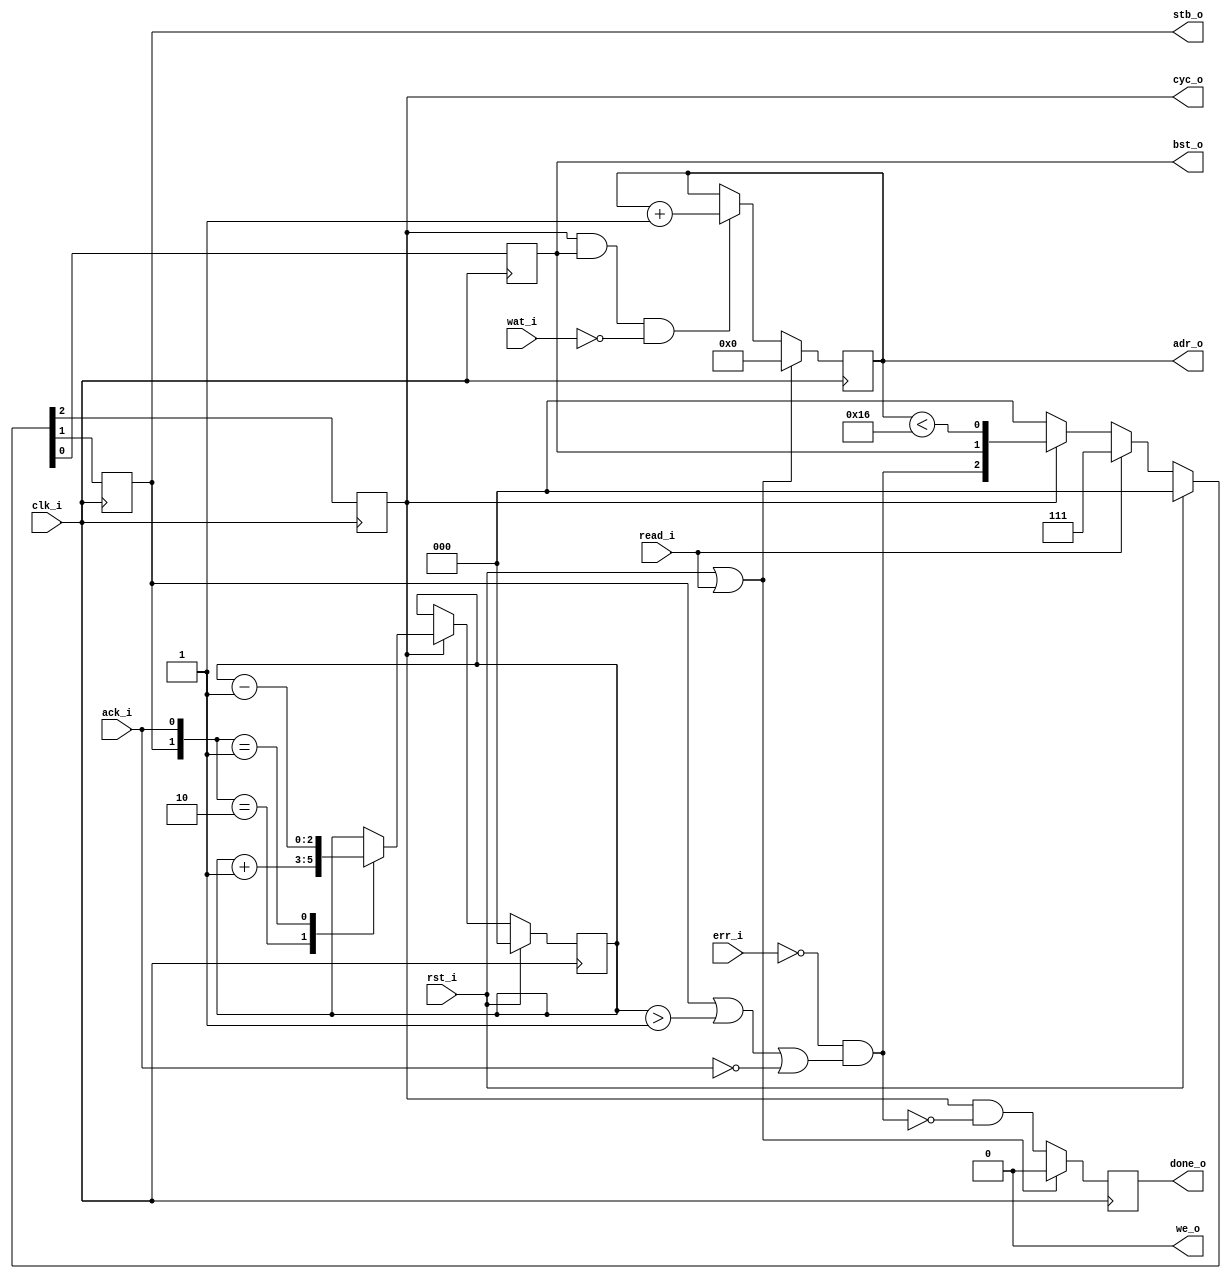
module wb_get_block
  #(parameter BSIZE = 24,
    parameter BBITS = 5,
    parameter BSB   = BBITS-1,
    parameter DELAY = 3)
   (
    input          clk_i,
    input          rst_i,
    output reg     cyc_o = 0,
    output reg     stb_o = 0,
    output         we_o,
    output reg     bst_o = 0,
    input          ack_i,
    input          wat_i,
    input          err_i,
    output [BSB:0] adr_o,

    input          read_i,
    output reg     done_o = 0
    );

   wire            cyc = !err_i && (stb_o || wat > 1 || !ack_i);
   wire            stb = bst_o;
   wire            bst = blk < BSIZE-2;
   reg [BSB:0]     blk = 0;
   reg [2:0]       wat = 0; // # of outstanding requests

   wire [BBITS:0]  blk_nxt = blk + 1;

   assign we_o  = 0;
   assign adr_o = blk;


   //-------------------------------------------------------------------------
   //  Fetch-port state and bus-control signals.
   //-------------------------------------------------------------------------
   always @(posedge clk_i)
     if (rst_i)
       {cyc_o, stb_o, bst_o} <= #DELAY 3'b000;
     else if (read_i)
       {cyc_o, stb_o, bst_o} <= #DELAY 3'b111;
     else if (cyc_o)
       {cyc_o, stb_o, bst_o} <= #DELAY {cyc, stb, bst};
     else
       {cyc_o, stb_o, bst_o} <= #DELAY 3'b000;

   //-------------------------------------------------------------------------
   //  Address generation, with a block.
   always @(posedge clk_i)
     if (rst_i || read_i)               blk <= #DELAY 0;
     else if (cyc_o && bst_o && !wat_i) blk <= #DELAY blk_nxt;

   //-------------------------------------------------------------------------
   //  Count to make sure that all requested data is retransmitted.
   always @(posedge clk_i)
     if (rst_i)   wat <= #DELAY 0;
     else if (cyc_o)
       case ({stb_o, ack_i})
         2'b10:   wat <= #DELAY wat + 1;
         2'b01:   wat <= #DELAY wat - 1;
         default: wat <= #DELAY wat;
       endcase // case ({stb_o, ack_i})


   //-------------------------------------------------------------------------
   //  Strobe the `done_o` signal when a prefetch has been completed.
   //-------------------------------------------------------------------------
   always @(posedge clk_i)
     if (rst_i || read_i) done_o <= #DELAY 0;
     else                 done_o <= #DELAY cyc_o && !cyc;


endmodule